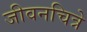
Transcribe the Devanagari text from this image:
जीवनचित्रे